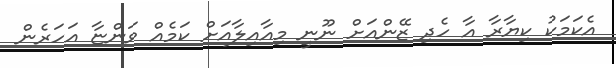
އެކަމަކު ކިޔާރާ އާ ހެދި ޒޭންއަށް ނޫނީ މިއާއިލާއަށް ކަމެއް ވަންޏާ އަހަރެން